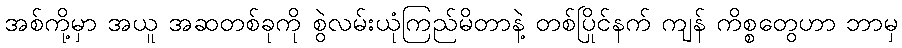
အစ်ကို့မှာ အယူ အဆတစ်ခုကို စွဲလမ်းယုံကြည်မိတာနဲ့ တစ်ပြိုင်နက် ကျန် ကိစ္စတွေဟာ ဘာမှ